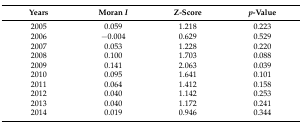
<table><thead><tr><td><b>Years</b></td><td><b>Moran <i>I</i></b></td><td><b>Z-Score</b></td><td><b><i>p</i>-Value</b></td></tr></thead><tbody><tr><td>2005</td><td>0.059</td><td>1.218</td><td>0.223</td></tr><tr><td>2006</td><td>−0.004</td><td>0.629</td><td>0.529</td></tr><tr><td>2007</td><td>0.053</td><td>1.228</td><td>0.220</td></tr><tr><td>2008</td><td>0.100</td><td>1.703</td><td>0.088</td></tr><tr><td>2009</td><td>0.141</td><td>2.063</td><td>0.039</td></tr><tr><td>2010</td><td>0.095</td><td>1.641</td><td>0.101</td></tr><tr><td>2011</td><td>0.064</td><td>1.412</td><td>0.158</td></tr><tr><td>2012</td><td>0.040</td><td>1.142</td><td>0.253</td></tr><tr><td>2013</td><td>0.040</td><td>1.172</td><td>0.241</td></tr><tr><td>2014</td><td>0.019</td><td>0.946</td><td>0.344</td></tr></tbody></table>